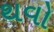
થવો